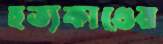
হত্যকাণ্ডের